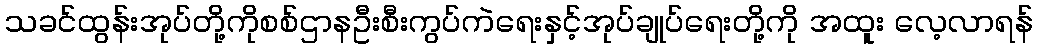
သခင်ထွန်းအုပ်တို့ကိုစစ်ဌာနဦးစီးကွပ်ကဲရေးနှင့်အုပ်ချုပ်ရေးတို့ကို အထူး လေ့လာရန်